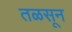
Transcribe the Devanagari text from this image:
तळसून